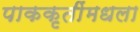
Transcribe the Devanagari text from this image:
पाककृतींमधला